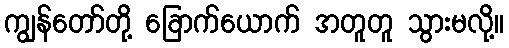
ကျွန်တော်တို့ ခြောက်ယောက် အတူတူ သွားမလို့။